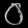
Digit: ၀